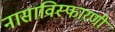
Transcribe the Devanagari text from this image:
नासाविस्फारणी